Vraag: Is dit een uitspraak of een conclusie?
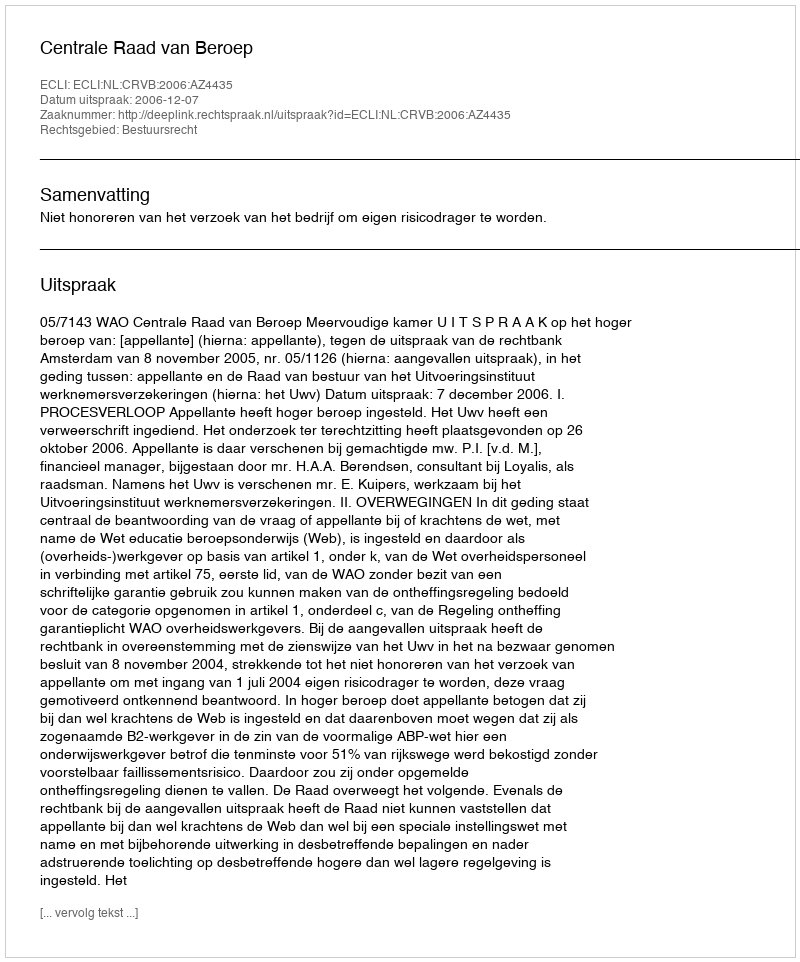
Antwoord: Uitspraak